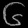
Digit: ၆